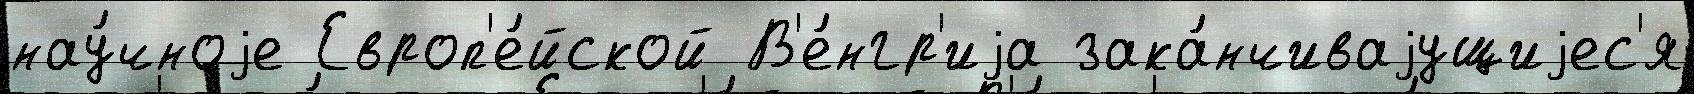
нау́чноjе Европ'е́йской В'е́нгр'иjа зака́нчиваjущиjес'я